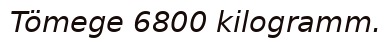
Tömege 6800 kilogramm.